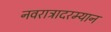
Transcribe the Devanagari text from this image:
नवरात्रादरम्यान